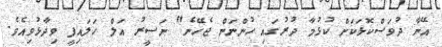
އޭނާ ދުވަސްކޮޅަކަށް ކުޅުމާ ދުރުގައި ހުންނަން ޖެހޭނެ" ނަސީރު އަލް ހަލައިފީ ވިދާޅުވިއެވެ.